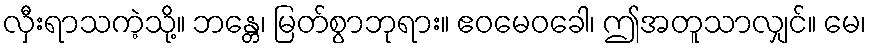
လှီးရာသကဲ့သို့။ ဘန္တေ၊ မြတ်စွာဘုရား။ ဧဝမေဝခေါ၊ ဤအတူသာလျှင်။ မေ၊